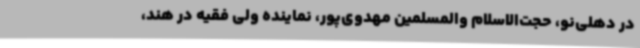
در دهلی‌نو، حجت‌الاسلام والمسلمین مهدوی‌پور، نماینده ولی فقیه در هند،